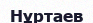
Нұртаев